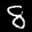
Label: 8